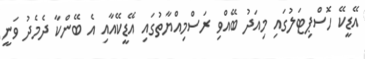
އޭޑީކޭ ހޮސްޕިޓަލުގައި މިއަދު ބޭއްވި ރަސްމިއްޔާތުގައި އޭޑީކޭއާއި އެ ބޭންކާ ދެމެދު ވަނީ